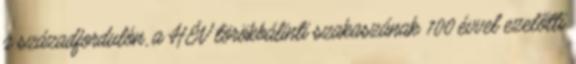
a századfordulón, a HÉV törökbálinti szakaszának 100 évvel ezelőtti